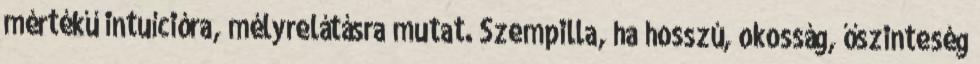
mértékű intuícióra, mélyrelátásra mutat. Szempilla, ha hosszú, okosság, őszinteség